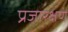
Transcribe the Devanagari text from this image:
प्रजारक्षण